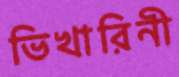
ভিখারিনী